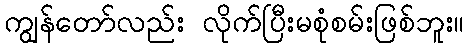
ကျွန်တော်လည်း လိုက်ပြီးမစုံစမ်းဖြစ်ဘူး။